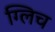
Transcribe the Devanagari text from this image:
ग्लिच